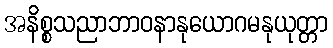
အနိစ္စသညာဘာဝနာနုယောဂမနုယုတ္တာ